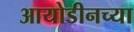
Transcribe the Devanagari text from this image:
आयोडीनच्या